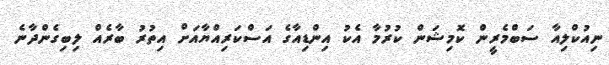
ނިއުކްލިއާ ސަބްމެރީން ކޮމިޝަން ކުރުމާ އެކު އިންޑިއާގެ އަސްކަރިއްޔާއަށް އިތުރު ބާރެއް ލިބިގެންދާނެ